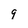
Character: 9